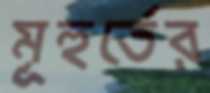
মূহুর্তের